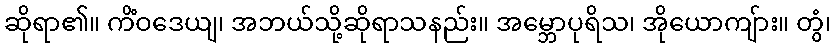
ဆိုရာ၏။ ကိံဝဒေယျ၊ အဘယ်သို့ဆိုရာသနည်း။ အမ္ဘောပုရိသ၊ အိုယောကျ်ား။ တွံ၊